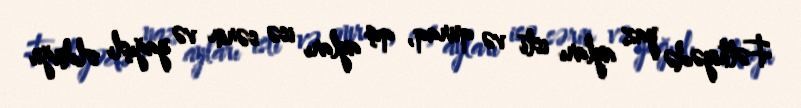
Fəthiyədə yaz ayları isti və quraq, qış ayları isə sərin və yağışlı olduğu